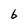
Character: 6